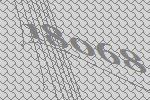
18068